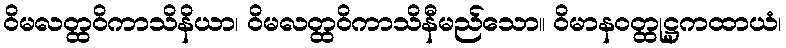
ဝိမလတ္ထဝိကာသိနိယာ၊ ဝိမလတ္ထဝိကာသိနီမည်သော။ ဝိမာနဝတ္ထုဋ္ဌကထာယံ၊